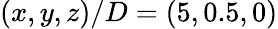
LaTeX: (x,y,z)/D=(5,0.5,0)